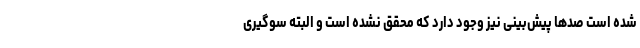
شده است صدها پیش‌بینی نیز وجود دارد که محقق نشده است و البته سوگیری